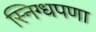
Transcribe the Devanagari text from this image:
स्निग्धपणा